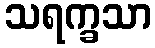
သရက္ခသာ